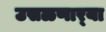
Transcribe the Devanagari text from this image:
उसळणार्‍या